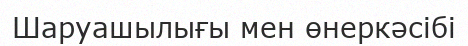
Шаруашылығы мен өнеркәсібі